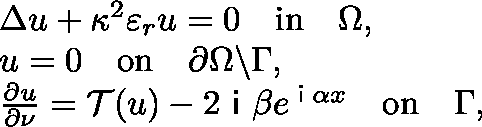
\begin{array} { r l } & { \Delta u + \kappa ^ { 2 } \varepsilon _ { r } u = 0 \quad \mathrm { i n } \quad \Omega , } \\ & { u = 0 \quad \mathrm { o n } \quad \partial \Omega \backslash \Gamma , } \\ & { \frac { \partial u } { \partial \mathbf { \nu } } = \mathcal { T } ( u ) - 2 \textsf { i } \beta e ^ { \textsf { i } \alpha x } \quad \mathrm { o n } \quad \Gamma , } \end{array}